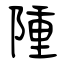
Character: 隀